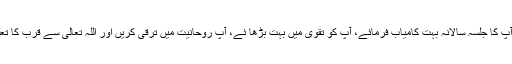
اللہ تعالیٰ آپ کا جلسہ سالانہ بہت کامیاب فرمائے، آپ کو تقویٰ میں بہت بڑھا ئے، آپ روحانیت میں ترقی کریں اور اللہ تعالیٰ سے قرب کا تعلق قائم ہو۔